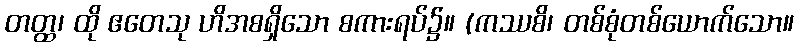
တတ္ထ၊ ထို ဧတေသု ဟိအစရှိသော စကားရပ်၌။ (ကဿစိ၊ တစ်စုံတစ်ယောက်သော။